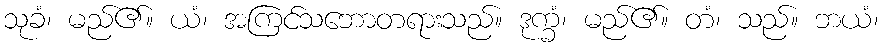
သုခံ၊ မည်၏။ ယံ၊ အကြင်သဘောတရားသည်။ ဒုက္ခံ၊ မည်၏။ တံ၊ သည်။ ဘယံ၊